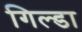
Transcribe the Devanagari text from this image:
गिल्डा